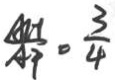
\frac { A H } { A P } = \frac { 3 } { 4 }